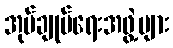
အုပ်ချုပ်ရေးအဖွဲ့များ